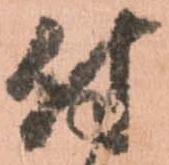
付